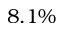
8 . 1 \%